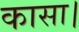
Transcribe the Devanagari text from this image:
कासा।